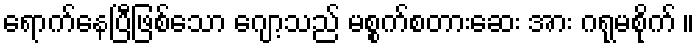
ရောက်နေပြီဖြစ်သော ဂျော့သည် မစ္စက်စတားဆေး အား ဂရုမစိုက် ။